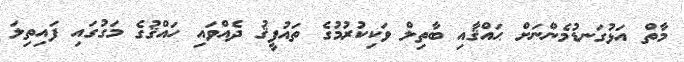
މާތް އަޅުގަނޑުމެންނަށް ޙައްޤާއި ބާތިލް ވަކިކުރުމުގެ ތައުފީޤު ދެއްވައި ހައްޤުގެ މަގުގައި ފައިތިލަ